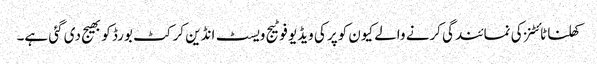
کھلنا ٹائٹنز کی نمائندگی کرنے والے کیون کوپر کی ویڈیو فوٹیج ویسٹ انڈین کرکٹ بورڈ کو بھیج دی گئی ہے۔